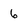
Character: 6